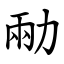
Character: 㔝